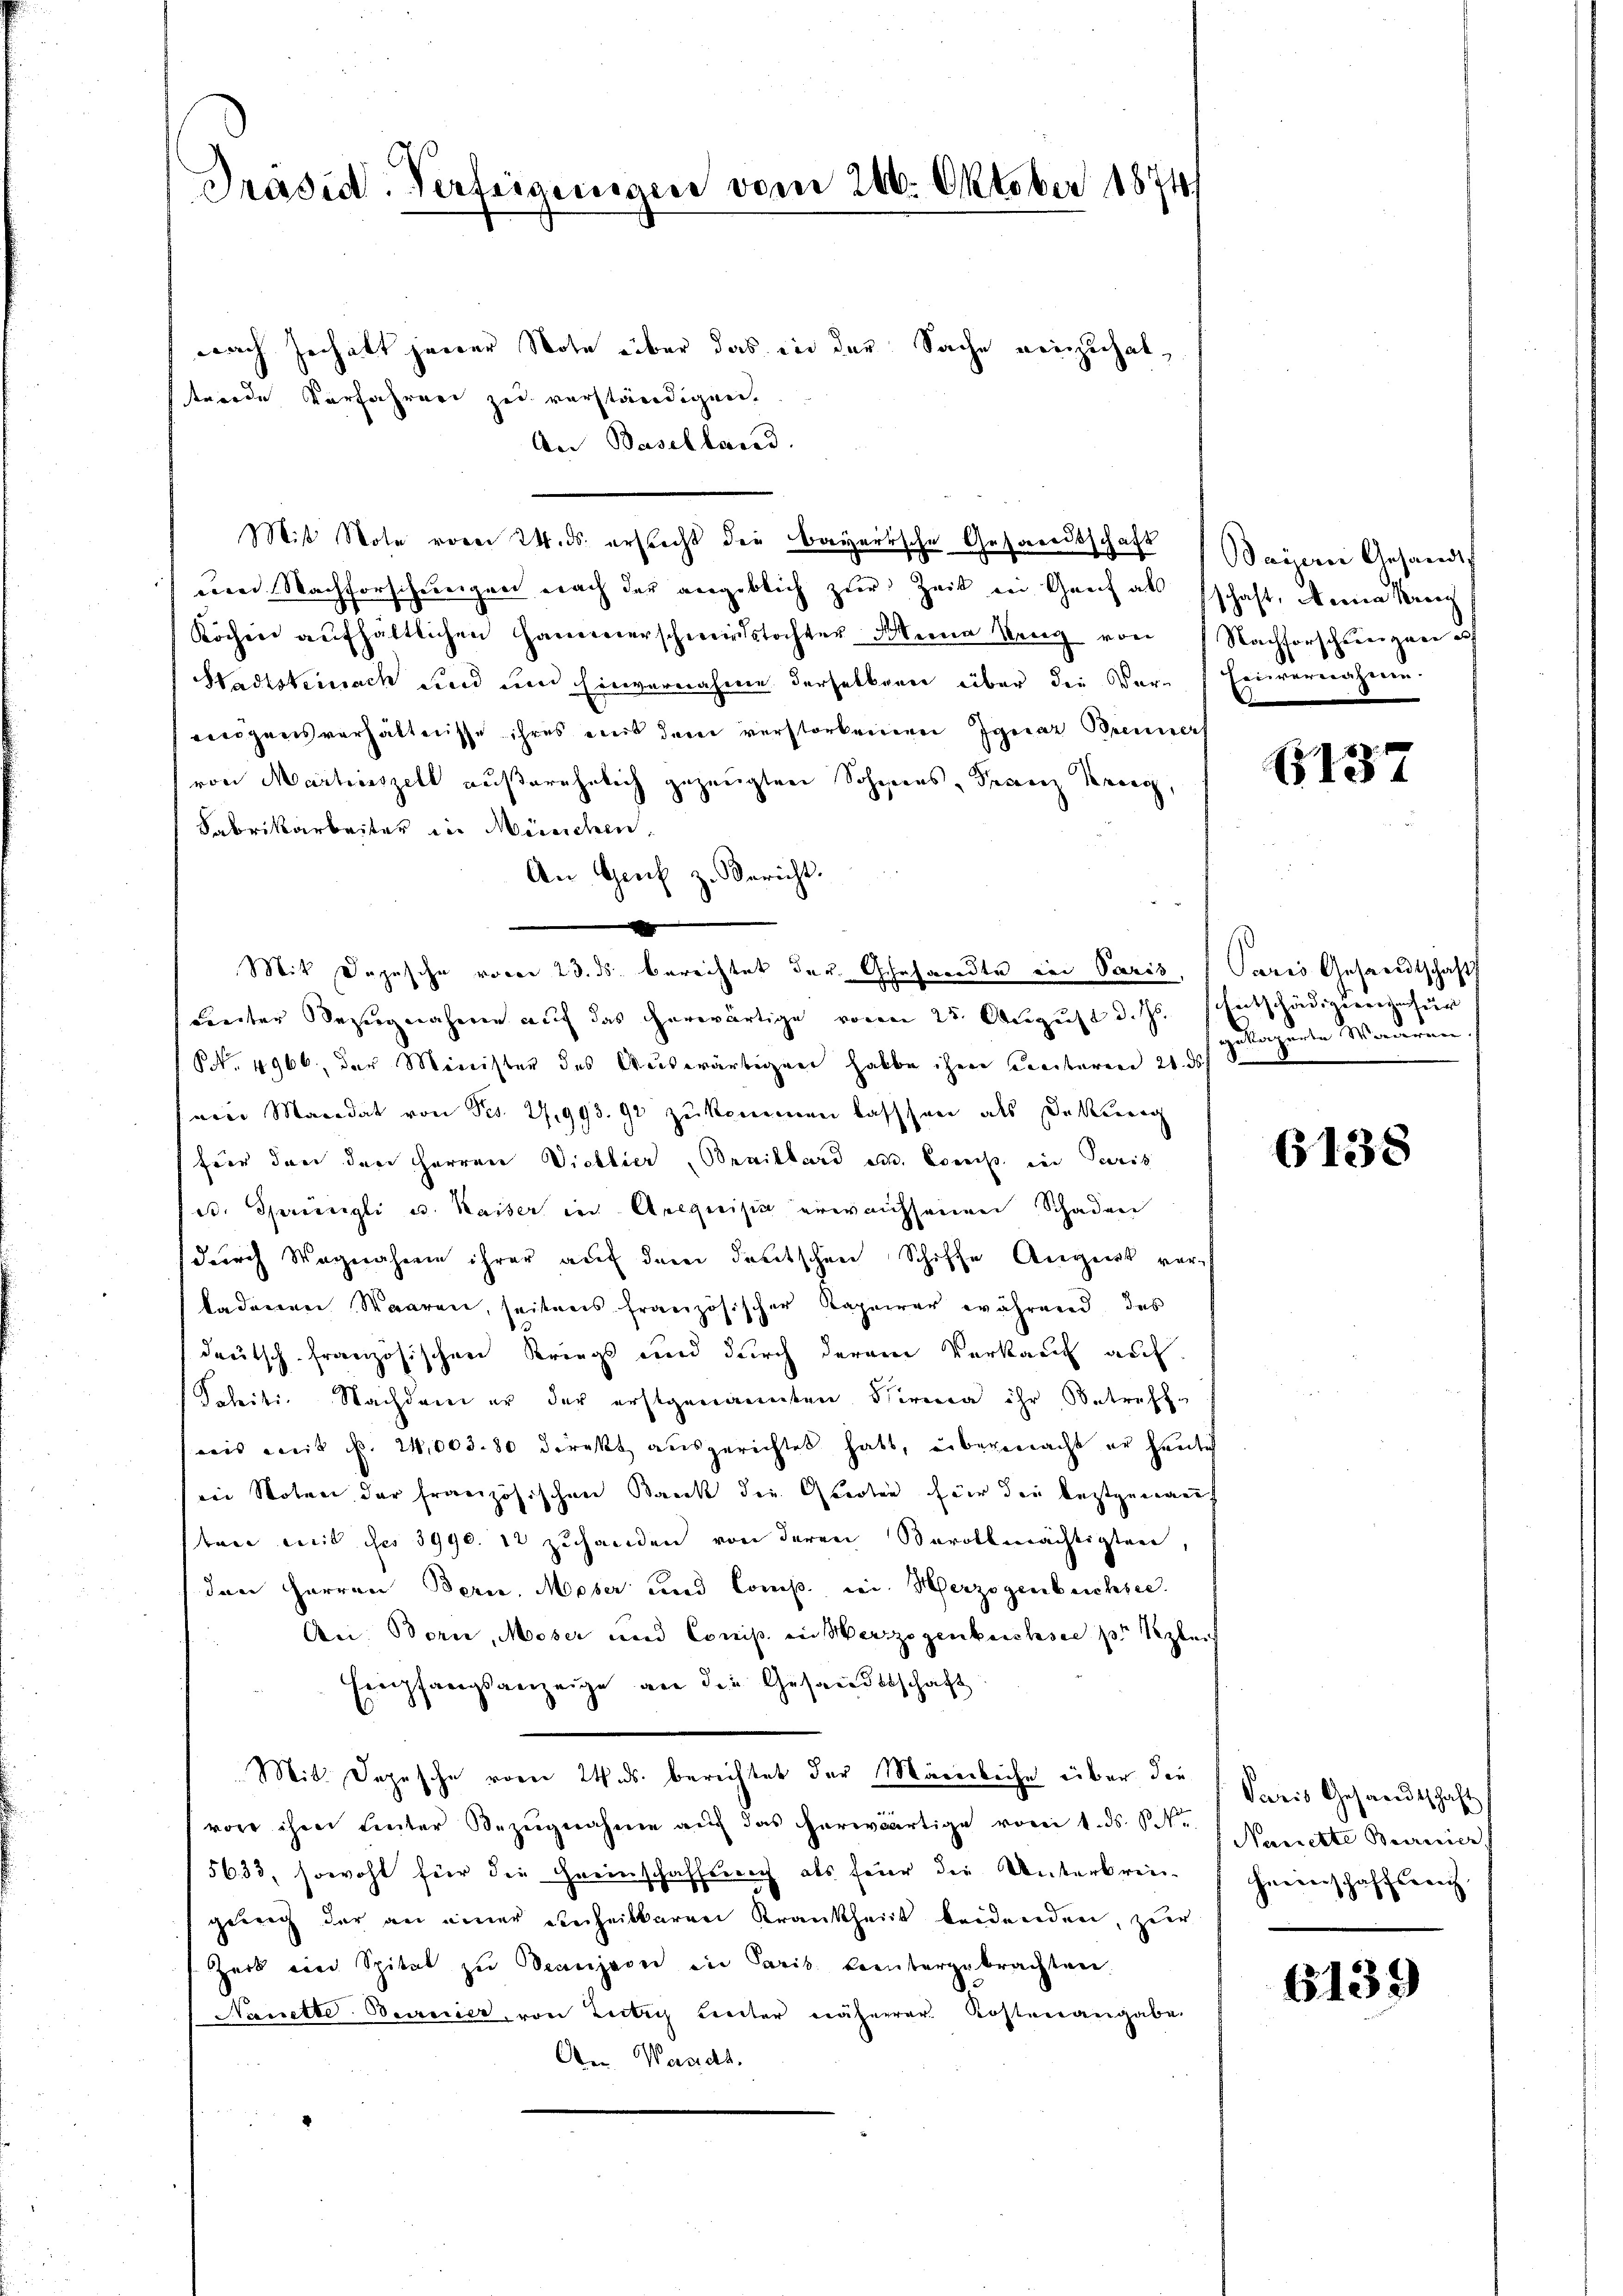
nach Zechatt jener Note über das in der Sache reinzuhaltwerde Verfahren zu verständigen.
An Baselland.
Mit Note vom 24. ds. erstecht der bayerische Gesandtschaft anerer Gesandts
um Nachforschungen nach der angeblich zur Zeit in Genf als schaft, Meine Krei
Kochen aŭfhältlichen Hammerschwerstochter Sterna Seng von Nachforschungen u
Hadtsteinack und und Einvernahme derselbern über die Ver-
eneigensverhältnisse ihres aus dem verstorbeneren Ignaz Brennerh
von Martinszell außerehelich gezeugten Sohnens, Franz Krieg,
Sabrikarbeiter in Musichen.
An Genf z. Bericht.
x
Mit Depesche voren 23. ds. berechtet der Gesandte ein Paris, (Paris Gesandtschaft
center Bezugnahme auf das herwärtige vorn 25. August d. Js. Entschädigung für
NNo. 4966, der Minister des Auswärtigung habe ihnen Licituren 21. ds
vree Macidat von Ses. 27,993. 92 zukommen lassen als Dekann
fier den den Herren Viellier Bevillard es. Comp. in Paris
d. Sprüngli u. Kaiser in Arequisia erwachsenen Schaden
durch Wagnahmen ihrer auf dem deutschen Schiffe Augens verkadenen Waaren, seitens französischer Kapeirer während das
dreitsch französischen Kriegs und durch derem Verkauf auf
Seleite. Nachdem er der erstgenannten Schiren ihr Betreffe
wis mit N. 24,003. 80 direkt ausgerichtet hatt, übermacht er heute
ei Noten der französischen Bank die Garten für die leztgenannt
bare mit der 3990. 12 zuhanden von deren Bevollmächtigten,
den Herren Berne, Moser und Comp. wei Herzogenbeichsee.
An Born, Moser und Conip. in Herzogenbuchsee pr gleich
Empfangsanzeige an die Gesandtschaft
Mit Depesche vom 24. ds. berichtet der Männliche über die Kreis Gesandtschaft
von ihm unter Bezŭgnahme aŭf das herwärtige vom 1. ds Str. Neuchte Branier
5633, sowohl für die Freinschaffung als feier die Unterbreigung der an einer einheilbaren Krankheit beidenden, zur
Zark eine Spital zu Seanjavi in Paris brentergebrachten
Nanetto Bereier, von Zeitig unter näherer Kostenangabe.
An Waadt.

Präsid. Verfügungen vom 210. Oktober 1874/

Feiernahme.
.

1137

gekomente Mauren.
8

6138

hneiers.
Haffsrech

6139